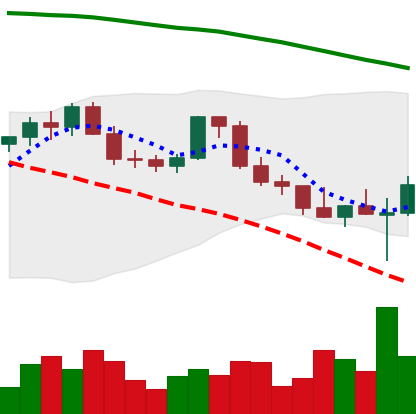
Ticker: ETH-USD
Chart end date: 2022-02-25
Forward return: 6.713%
Label: up_5_7